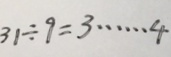
3 1 \div 9 = 3 \cdots 4